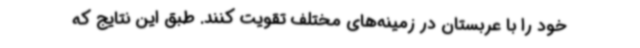
خود را با عربستان در زمینه‌های مختلف تقویت کنند. طبق این نتایج که